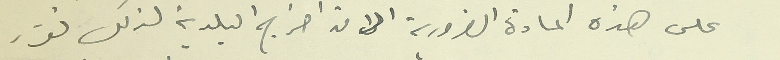
على هذه المادة الضرورية الا من احراج البلدية لذلك تقرر